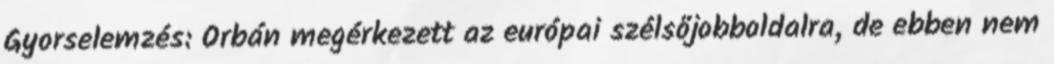
Gyorselemzés: Orbán megérkezett az európai szélsőjobboldalra, de ebben nem